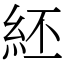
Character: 䋔